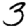
Digit: 3